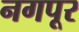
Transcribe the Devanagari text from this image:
नगपूर